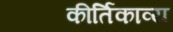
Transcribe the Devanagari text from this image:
कीर्तिकाव्य